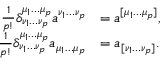
{ \begin{array} { r l } { { \frac { 1 } { p ! } } \delta _ { \nu _ { 1 } \dots \nu _ { p } } ^ { \mu _ { 1 } \dots \mu _ { p } } a ^ { \nu _ { 1 } \dots \nu _ { p } } } & { = a ^ { [ \mu _ { 1 } \dots \mu _ { p } ] } , } \\ { { \frac { 1 } { p ! } } \delta _ { \nu _ { 1 } \dots \nu _ { p } } ^ { \mu _ { 1 } \dots \mu _ { p } } a _ { \mu _ { 1 } \dots \mu _ { p } } } & { = a _ { [ \nu _ { 1 } \dots \nu _ { p } ] } . } \end{array} }